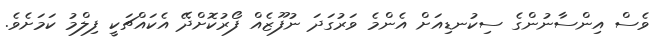
ވެސް އިންސާނުންގެ ސިކުނޑިއަށް އެންމެ ވަރުގަދަ ނުފޫޒެއް ފޯރުކޮށްދޭ އެކައްޗަކީ ފިލްމު ކަމަށެވެ.